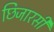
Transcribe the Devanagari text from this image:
छिजारसी